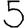
Digit: 5